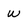
Character: w